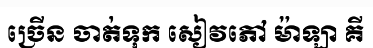
ច្រើន ចាត់ទុក សៀវភៅ ម៉ាឡា គី